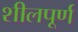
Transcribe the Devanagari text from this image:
शीलपूर्ण